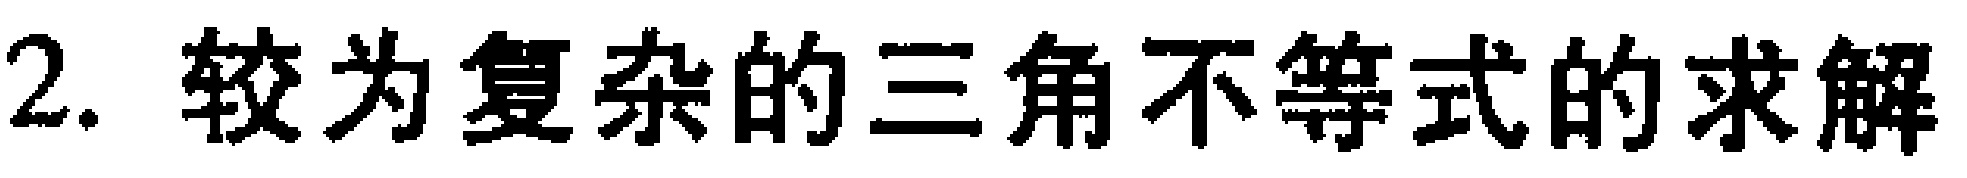
2. 较为复杂的三角不等式的求解